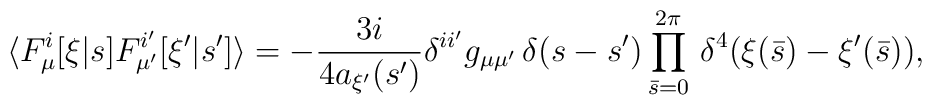
\langle F_\mu^i[\xi|s] F_{\mu'}^{i'}[\xi'|s']\rangle=-{3i\over{4a_{\xi'}(s')}}   \delta^{ii'} g_{\mu\mu'}\,\delta(s-s')\prod_{\bar s = 0}^{2\pi}\,   \delta^4(\xi(\bar s)-\xi'(\bar s)),